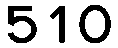
510